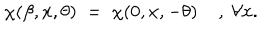
\chi ( \beta , x , \theta ) \; = \; \chi ( 0 , x , - \theta ) \; , \; \forall x .